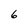
Character: 6